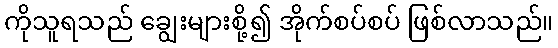
ကိုသူရသည် ချွေးများစို့၍ အိုက်စပ်စပ် ဖြစ်လာသည်။